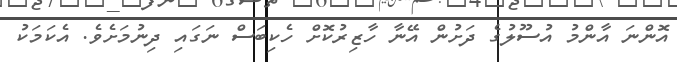
އޮންނަ އާންމު އުސޫލުގެ ދަށުން އޭނާ ހާޒިރުކޮށް ހެކިބަސް ނަގައި ދިނުމަށެވެ. އެކަމަކު